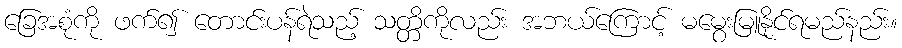
ခြေအစုံကို ဖက်၍ တောင်းပန်ရဲသည့် သတ္တိကိုလည်း အဘယ်ကြောင့် မမွေးမြူနိုင်ရမည်နည်း။